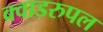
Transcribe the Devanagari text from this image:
क्वाडरुपल